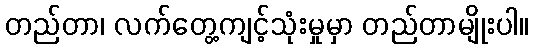
တည်တာ၊ လက်တွေ့ကျင့်သုံးမှုမှာ တည်တာမျိုးပါ။